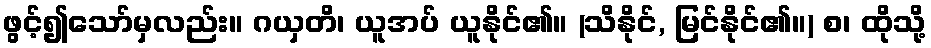
ဖွင့်၍သော်မှလည်း။ ဂယှတိ၊ ယူအပ် ယူနိုင်၏။ (သိနိုင်, မြင်နိုင်၏။) စ၊ ထိုသို့